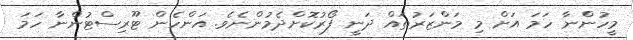
މީހުންނާ ހަމަ އަށް މި މަންޒަރުތައް ދަނީ ފޯރުކޮށްދެމުންނެވެ. އަންހެން ޓޫރިސްޓުންނާ ހަމަ